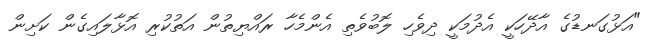
"އަޅުގަނޑުގެ އާދޭހަކީ އެދުމަކީ ދިވެހި ލޮބުވެތި އެންމެހާ ރައްޔިތުން އަތުކުރި އޮޅާލައިގެން ކަށިން